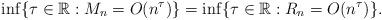
LaTeX: \begin{align*}\inf\{\tau\in \mathbb{R}: M_n = O(n^\tau)\}=\inf\{\tau \in \mathbb{R} : R_n=O(n^\tau)\}.\end{align*}